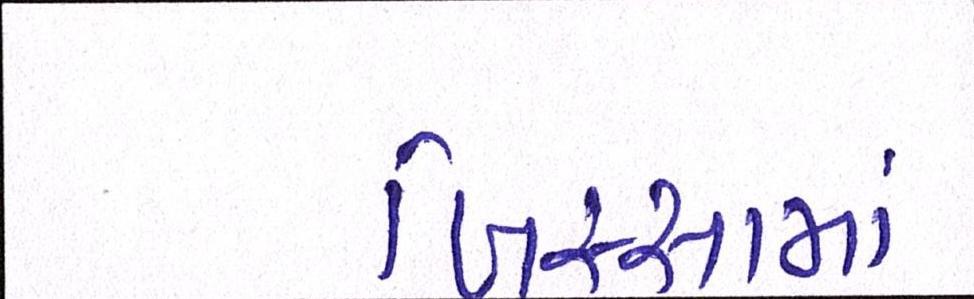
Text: ખિસ્સામાં